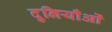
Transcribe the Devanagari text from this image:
दुनियाँओं